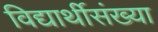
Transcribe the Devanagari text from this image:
विद्यार्थीसंख्या